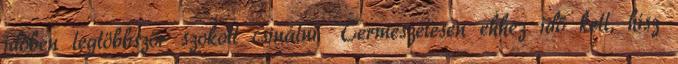
időben legtöbbször szokott csinálni. Természetesen ehhez idő kell, hisz